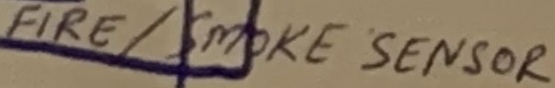
Text: FIRE/SMOKE SENSOR